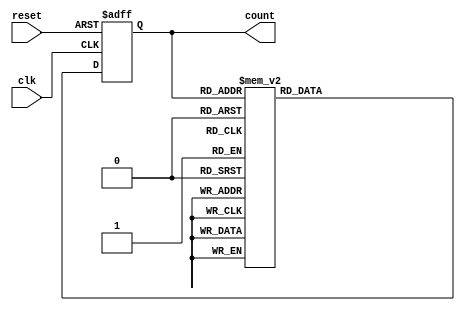
module gray_counter(
    input wire clk,
    input wire reset,
    output reg [3:0] count
);

reg [3:0] next_count;

always @ (posedge clk or posedge reset) begin
    if (reset) begin
        count <= 4'b0000;
    end else begin
        count <= next_count;
    end
end

always @* begin
    case (count)
        4'b0000: next_count = 4'b0001;
        4'b0001: next_count = 4'b0011;
        4'b0011: next_count = 4'b0010;
        4'b0010: next_count = 4'b0110;
        4'b0110: next_count = 4'b0111;
        4'b0111: next_count = 4'b0101;
        4'b0101: next_count = 4'b0100;
        4'b0100: next_count = 4'b1100;
        4'b1100: next_count = 4'b1101;
        4'b1101: next_count = 4'b1111;
        4'b1111: next_count = 4'b1110;
        default: next_count = 4'b0000;
    endcase
end

endmodule